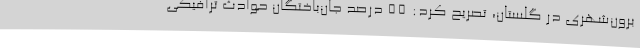
برون‌شهری در گلستان، تصریح کرد: 55 درصد جان‌باختگان حوادث ترافیکی